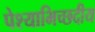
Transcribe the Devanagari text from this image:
पेश्याभिच्छदीय